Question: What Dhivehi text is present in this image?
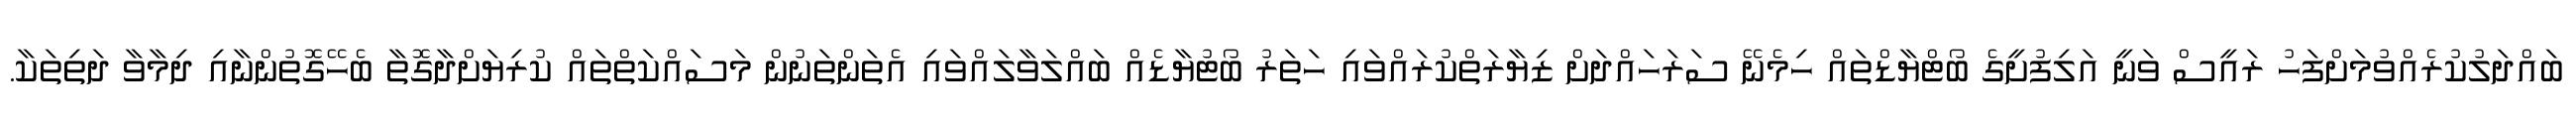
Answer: ބައްދަލުކުރެއްވުމަށްފަހު ރައީސް ވަނީ އަލިފުށީގެ ބޯޓްޔާޑްތައް ހިމެނޭ ސަރަހައްދަށް ޒިޔާރަތްކުރައްވައި ހަތަރު ބޯޓުޔާޑެއް ބައްލަވާލައްވައި އެތަންތަނުން މަސައްކަތްތައް ކުރިޔަށްދާގޮތާ ބެހޭގޮތުންނާއި ދިމާވާ ދަތިތަކާ.